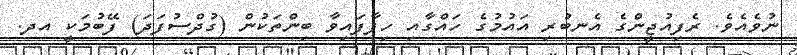
ނުވެއެވެ. ރެފިއުޖީންގެ އެނބުރި އައުމުގެ ހައްގާއި ހިފާފައިވާ ބިންތަކުން (ގުދްސުފަދަ) ފޭބުމަކީ އދ.